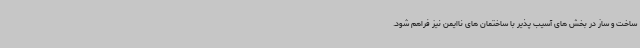
ساخت و ساز در بخش های آسیب پذیر با ساختمان های ناایمن نیز فراهم شود.